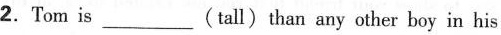
2.Tom is___(tall)than any other boy in his class.